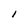
Character: I